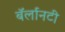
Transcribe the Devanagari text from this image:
बॅर्लानटी